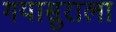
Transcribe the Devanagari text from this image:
गयासुराला